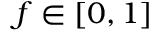
f \in [ 0 , 1 ]